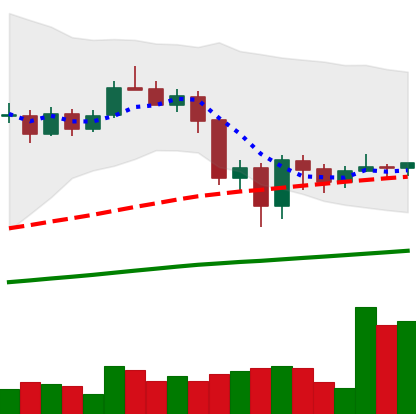
Ticker: LINK-USD
Chart end date: 2020-09-12
Forward return: -13.941%
Label: down_7plus